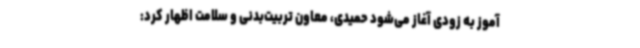
آموز به زودی آغاز می‌شود حمیدی، معاون تربیت‌بدنی و سلامت اظهار کرد: